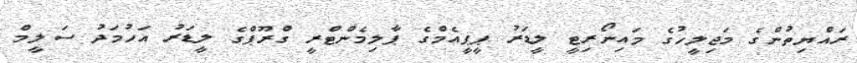
ރައްޔިތުންގެ މަޖިލީހުގެ މައިނޯރިޓީ ލީޑަރު ޕީޕީއެމްގެ ޕާލިމެންޓްރީ ގްރޫޕްގެ ލީޑަރު އަހުމަދު ސަލީމް